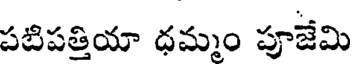
పటిపత్తియా ధమ్మం పూజేమి